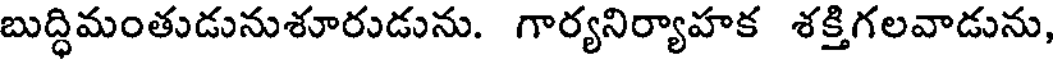
బుద్ధిమంతుడునుశూరుడును. గార్యనిర్యాహక శక్తిగలవాడును,